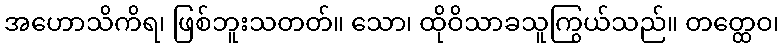
အဟောသိကိရ၊ ဖြစ်ဘူးသတတ်။ သော၊ ထိုဝိသာခသူကြွယ်သည်။ တတ္ထေဝ၊